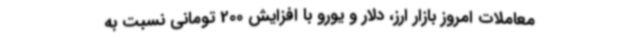
معاملات امروز بازار ارز، دلار و یورو با افزایش 200 تومانی نسبت به